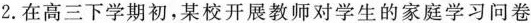
2.在高三下学期初，某校开展教师对学生的家庭学习问卷